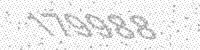
Solution: 179988